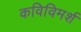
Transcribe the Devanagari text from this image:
कविविमर्श